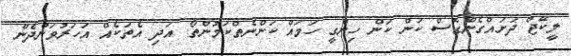
ލީކޭޖް ދަށައްގެންގޮސް ކަން ކަން ހިންގީ ހަމައް ކަންނެތްކަމުންތޯ. އަދި އެތަކެއް އަހަރުވަންދެން